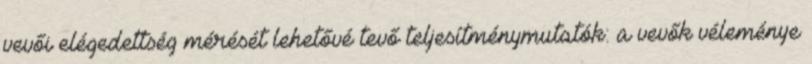
vevői elégedettség mérését lehetővé tevő teljesítménymutatók: a vevők véleménye